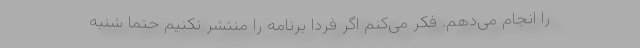
را انجام می‌دهم. فکر می‌کنم اگر فردا برنامه را منتشر نکنیم حتما شنبه